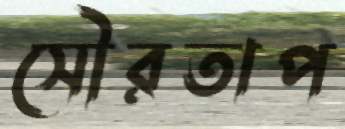
সৌরতাপ